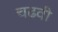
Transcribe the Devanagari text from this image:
चढवी